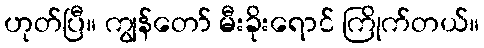
ဟုတ်ပြီ။ ကျွန်တော် မီးခိုးရောင် ကြိုက်တယ်။